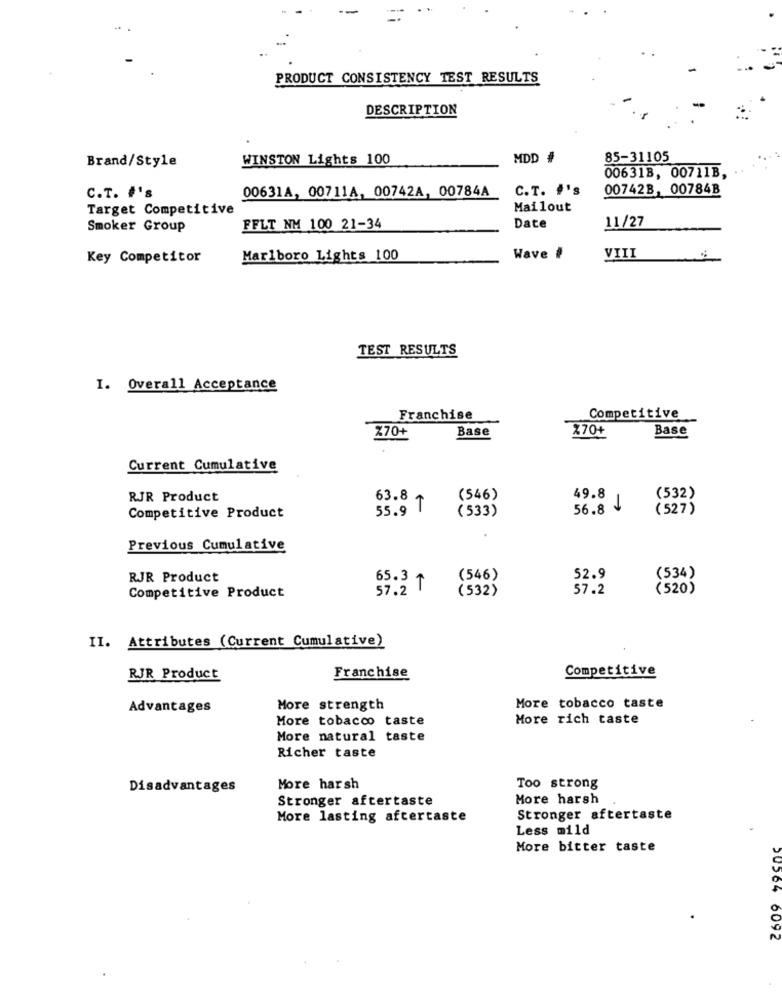
PRODUCT CONSISTENCY TEST RESULTS
DESCRIPTION
WINSTON Lights 100
MDD #
85-31105
Brand/Style
006318, 00711B,
00631A, 00711A, 00742A, 00784A
C.T. #'s
00742B, 00784B
C.T. #'s
Target Competitive
Mailout
11/27
Smoker Group
FFLT NM 100 21-34
Date
Key Competitor
Marlboro Lights 100
Wave #
VIII
TEST RESULTS
I. Overall Acceptance
Franchise
Competitive
Base
%70+
Base
%70+
Current Cumulative
RJR Product
63.8~
(546)
49.8
(532)
55.9 T
(533)
56.8
1
(527)
Competitive Product
Previous Cumulative
RJR Product
65.3 +
(546)
52.9
(534)
57.2 T
(532)
57.2
(520)
Competitive Product
II. Attributes (Current Cumulative)
Competitive
RJR Product
Franchise
Advantages
More strength
More tobacco taste
More tobacco taste
More rich taste
More natural taste
Richer taste
Disadvantages
More harsh
Too strong
Stronger aftertaste
More harsh
More lasting aftertaste
Stronger aftertaste
Less mild
More bitter taste
20204 6092